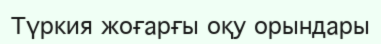
Түркия жоғарғы оқу орындары